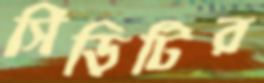
সিঁড়িটির